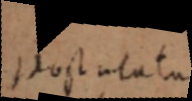
prostutata